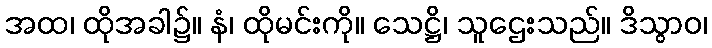
အထ၊ ထိုအခါ၌။ နံ၊ ထိုမင်းကို။ သေဋ္ဌိ၊ သူဌေးသည်။ ဒိသွာဝ၊